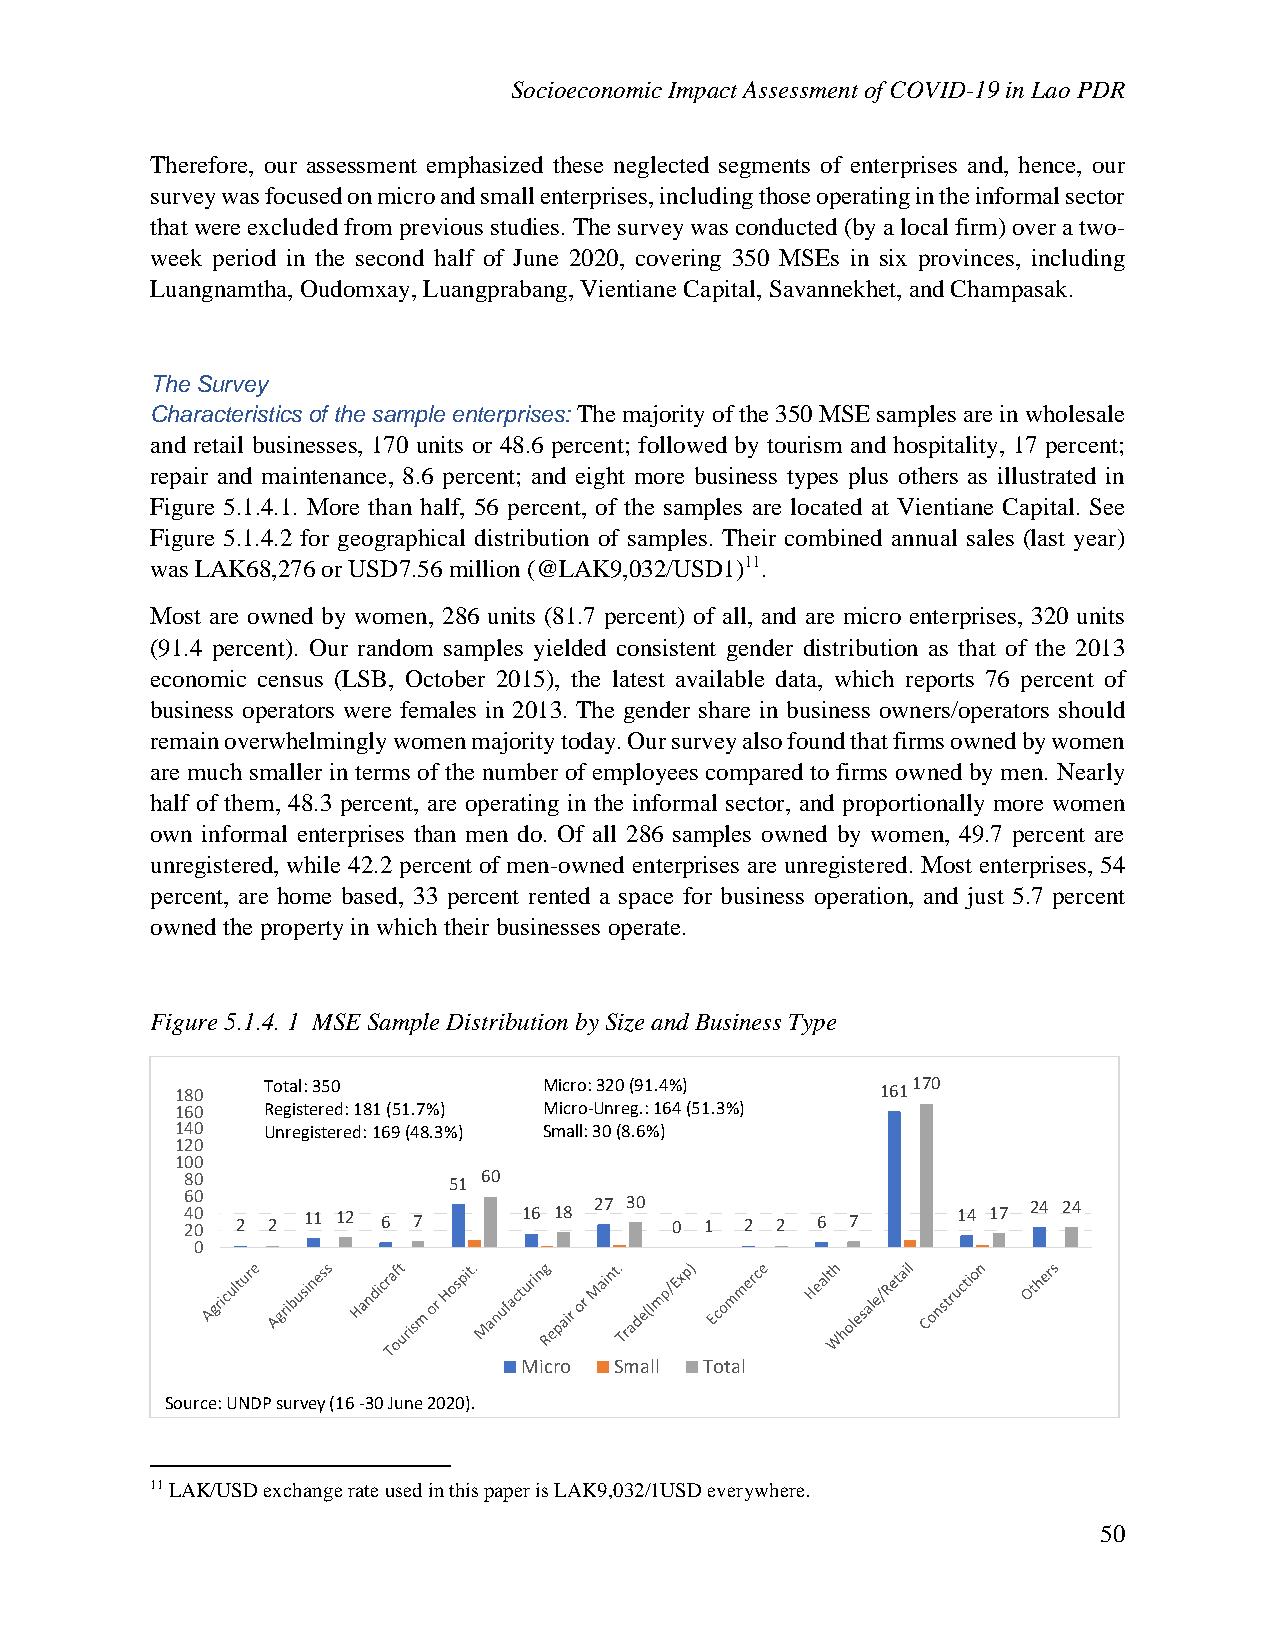
Socioeconomic Impact Assessment of COVID-19 in Lao PDR
 Therefore, our assessment emphasized these neglected segments of enterprises and, hence, our
 survey was focused on micro and small enterprises, including those operating in the informal sector
 that were excluded from previous studies. The survey was conducted (by a local firm) over a two-
 week period in the second half of June 2020, covering 350 MSEs in six provinces, including
 Luangnamtha, Oudomxay, Luangprabang, Vientiane Capital, Savannekhet, and Champasak.
 The Survey
 Characteristics of the sample enterprises: The majority of the 350 MSE samples are in wholesale
 and retail businesses, 170 units or 48.6 percent; followed by tourism and hospitality, 17 percent;
 repair and maintenance, 8.6 percent; and eight more business types plus others as illustrated in
 Figure 5.1.4.1. More than half, 56 percent, of the samples are located at Vientiane Capital. See
 Figure 5.1.4.2 for geographical distribution of samples. Their combined annual sales (last year)
 was LAK68,276 or USD7.56 million (@LAK9,032/USD1)11.
 Most are owned by women, 286 units (81.7 percent) of all, and are micro enterprises, 320 units
 (91.4 percent). Our random samples yielded consistent gender distribution as that of the 2013
 economic census (LSB, October 2015), the latest available data, which reports 76 percent of
 business operators were females in 2013. The gender share in business owners/operators should
 remain overwhelmingly women majority today. Our survey also found that firms owned by women
 are much smaller in terms of the number of employees compared to firms owned by men. Nearly
 half of them, 48.3 percent, are operating in the informal sector, and proportionally more women
 own informal enterprises than men do. Of all 286 samples owned by women, 49.7 percent are
 unregistered, while 42.2 percent of men-owned enterprises are unregistered. Most enterprises, 54
 percent, are home based, 33 percent rented a space for business operation, and just 5.7 percent
 owned the property in which their businesses operate.
 Figure 5.1.4. 1 MSE Sample Distribution by Size and Business Type
 180
 Total:350          Micro: 320 (91.4%)    161170
 160  Registered: 181 (51.7%) Micro-Unreg.: 164 (51.3%)
 140  Unregistered: 169 (48.3%) Small: 30 (8.6%)
 120
 100
 80                51 60
 246 000 2 2 11 12 6 7  16 18 27 30 0 1 2 2 6 7     14 17 24 24
 0
 Micro  Small Total
 Source: UNDP survey (16 -30 June 2020).
 11 LAK/USD exchange rate used in this paper is LAK9,032/1USD everywhere.
 50